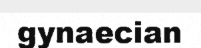
gynaecian